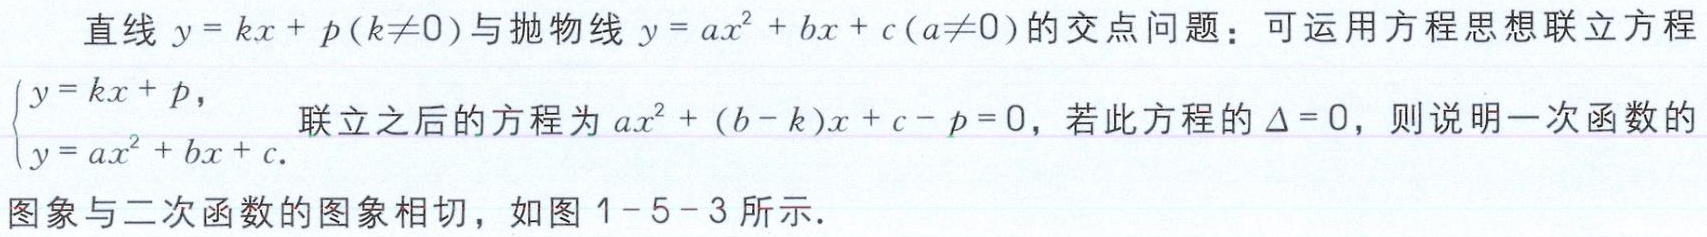
直线 \(y = kx + p(k\neq0)\)与抛物线 \(y = ax^{2} + bx + c(a\neq0)\)的交点问题：可运用方程思想联立方程\(\begin{cases}y = kx + p,\\y = ax^{2} + bx + c.\end{cases}\)联立之后的方程为 \(ax^{2} + (b - k)x + c - p = 0\)，若此方程的 \(\Delta = 0\)，则说明一次函数的图象与二次函数的图象相切，如图 1 - 5 - 3 所示．